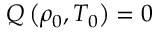
Q \left( \rho _ { 0 } , T _ { 0 } \right) = 0